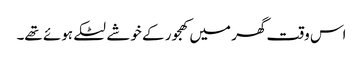
اس وقت گھر میں کھجور کے خوشے لٹکے ہوئے تھے۔